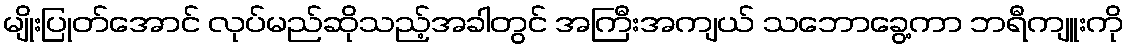
မျိုးပြုတ်အောင် လုပ်မည်ဆိုသည့်အခါတွင် အကြီးအကျယ် သဘောခွေ့ကာ ဘရီကျူးကို